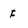
Character: F